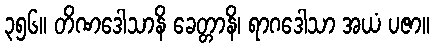
၃၅၆။ တိဏဒေါသာနိ ခေတ္တာနိ၊ ရာဂဒေါသာ အယံ ပဇာ။